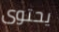
يحتوى